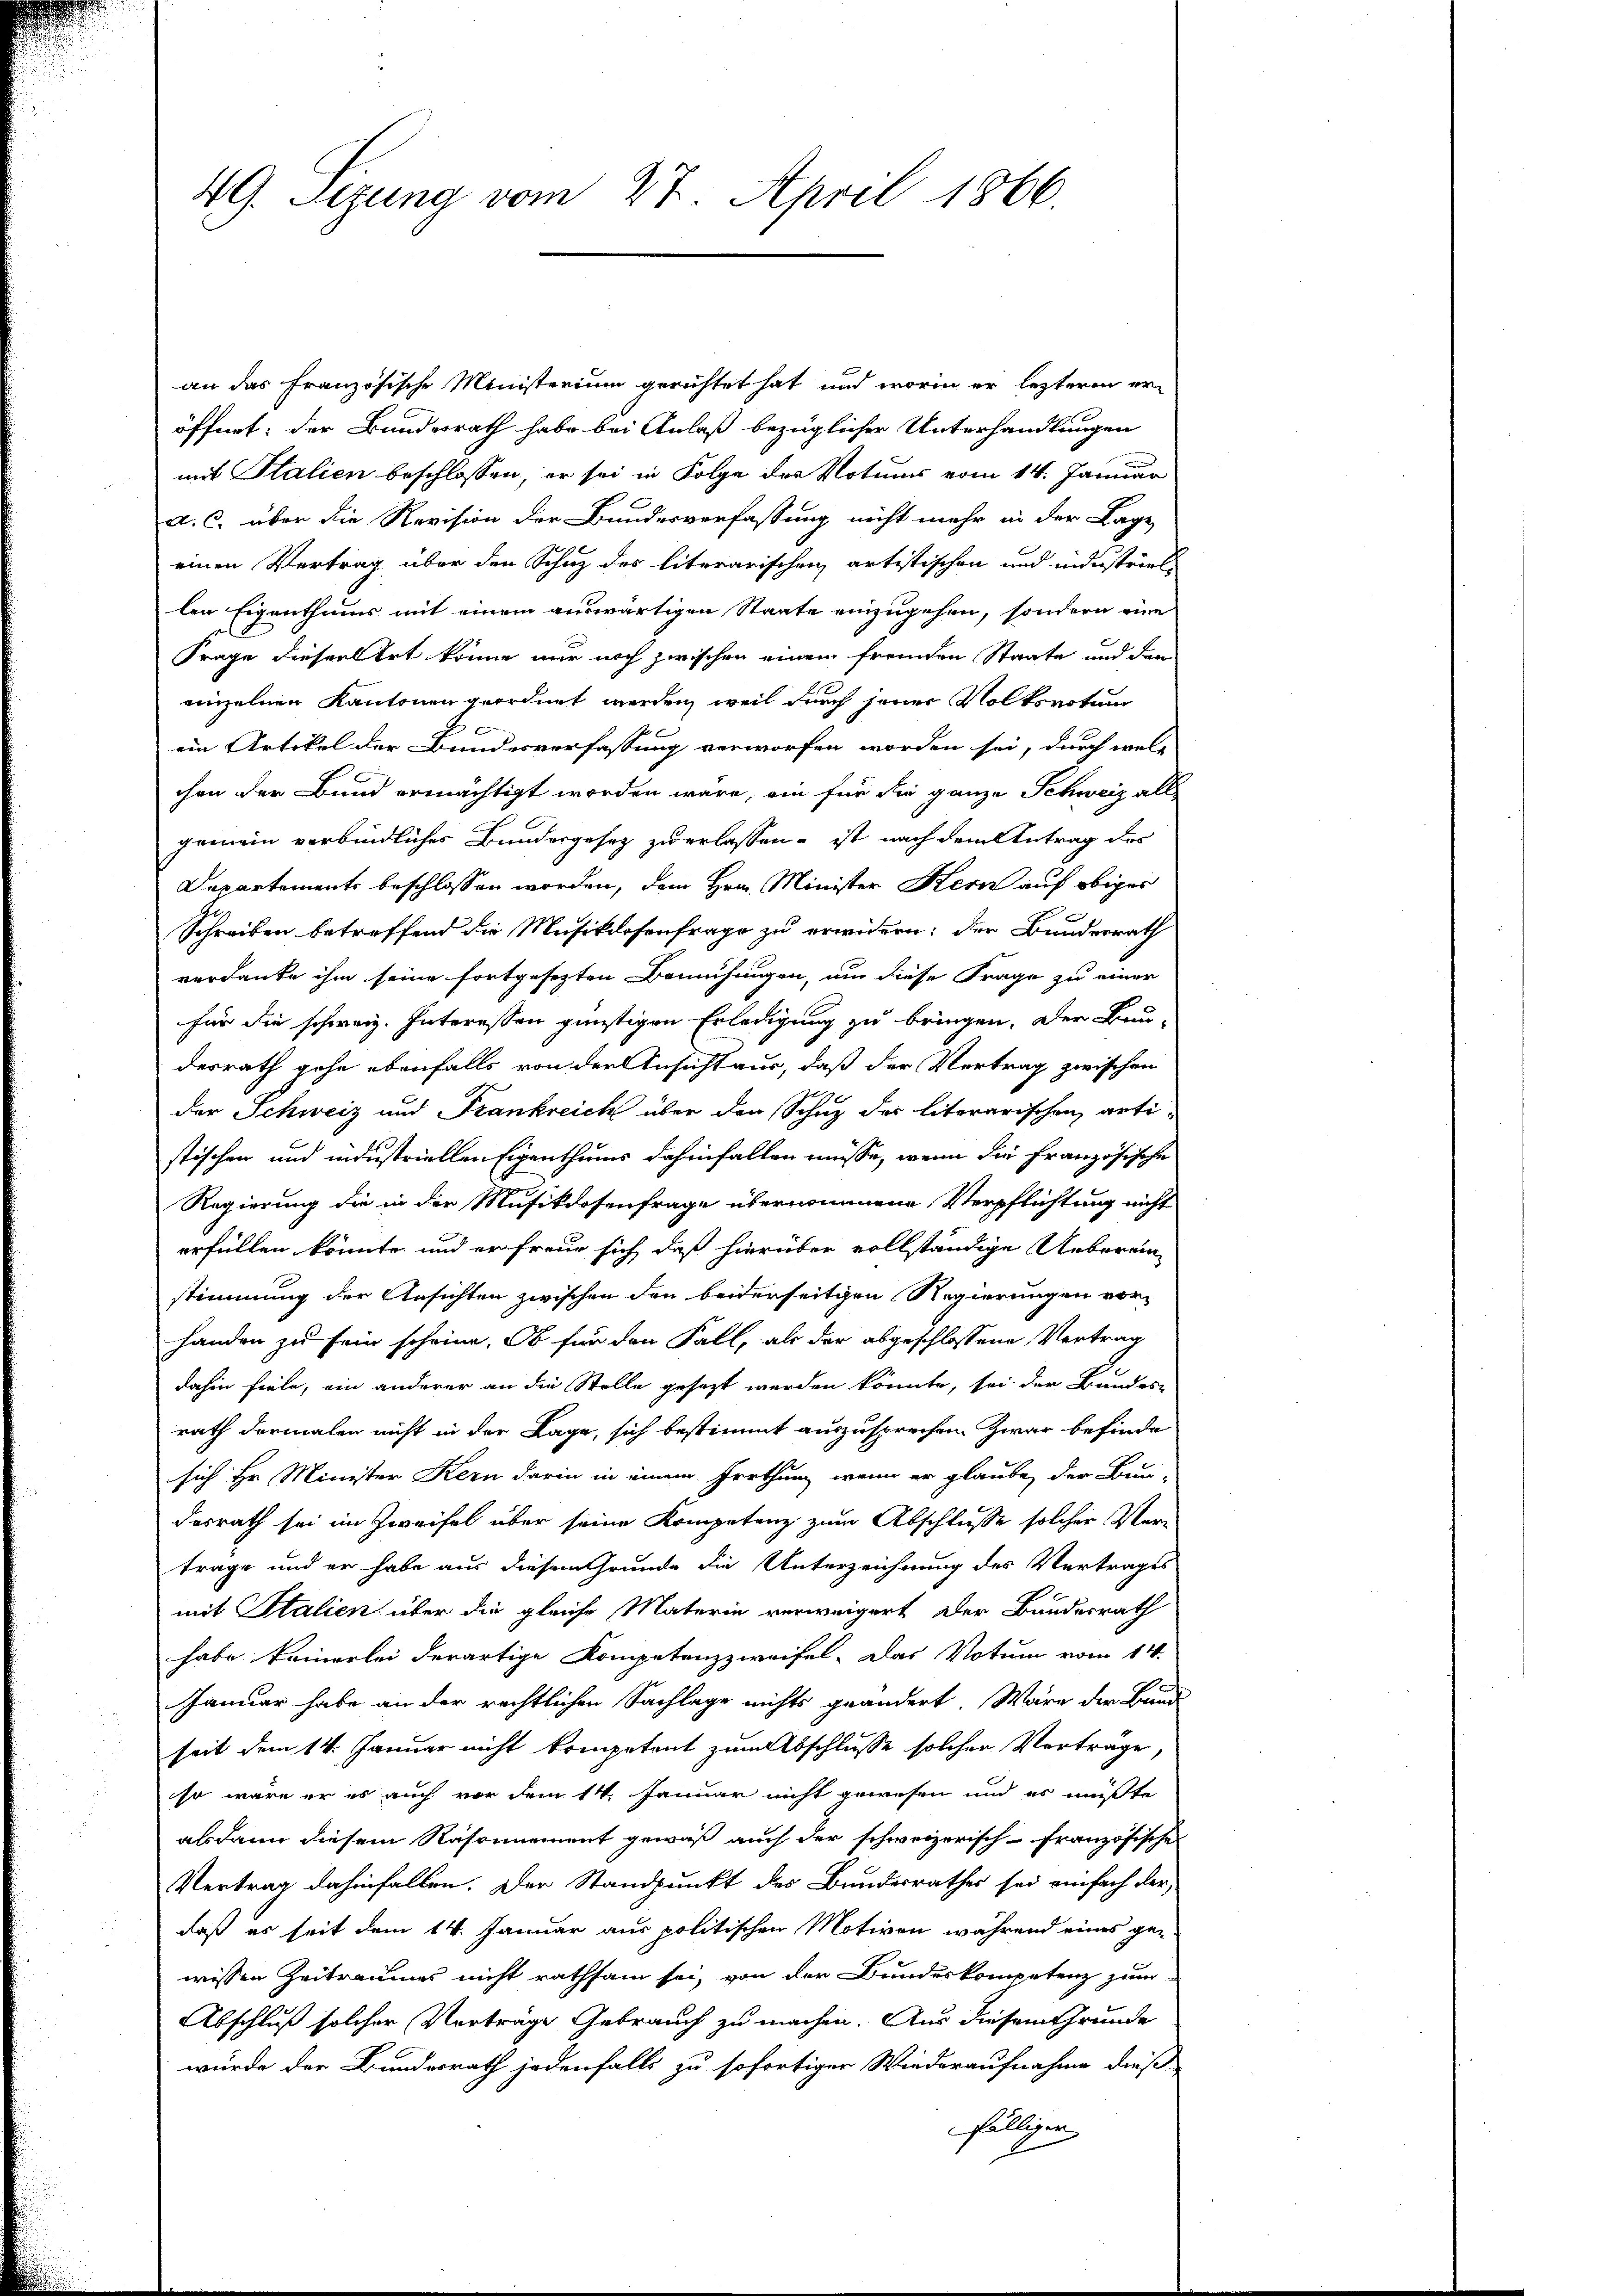
49. Sizung vom 27. April 1866.

an das französische Ministerium gerichtet hat, und worin er lezteren er-
öffnet; der Bundesrath habe bei Anlaß bezüglicher Unterhandlungen
mit Stalien beschlossen, er sei in Folge der Notums vom 14. Januar
a. c. über die Revision der Bundesverfassung nicht mehr in der Lage
einen Vertrag über den Schuz des literarischen artistischen und industriellen Eigenthums mit einem auswärtigen Staate einzugehen, sondern eine
Frage dieser Art könne nur noch zwischen einem fremden Staate und den
einzelnen Kantonen geordnet werden, weil durch jener Volksvotum
ein Artikel der Bundesverfassung verworfen worden sei, durch wele
chen der Bund ermächtigt worden wäre, ein für die ganze Schweiz all-
jemein verbindliches Bundesgesez zu erlassen, ist nach dem Antrag des
Departements beschlossen worden, dem Hrn. Minister Kern auf obiger
Schreiben betreffend die Musikdosenfrage zu erwidern: der Bundesrath
verdanke ihm seine fortgesezten Bemühungen, um diese Frage zu einer
für die schweiz. Interessen günstigen Erledigung zu bringen. Der Bun-
desrath gehe ebenfalls von der Ansicht aus, daß der Vertrag zwischen
der Schweiz und Frankreich über den Schuz des literarischen artistischen und industriellen Eigenthums dahinfallen müsse, wenn die französische
Regierung die in der Musikdosenfrage übernommene Verpflichtung nicht
erfüllen könnte, und er freue sich daß hierüber vollständige Ueberein-
stimmung der Ansichten zwischen den beiderseitigen Regierungen vor
handen zu sein scheine. Ob für den Fall, als der abgeschlossene Vertrag
dahin fiele, ein anderer an die Stelle gesezt werden könnte, sei der Bundes-
rath dermalen nicht in der Lage, sich bestimmt auszusprechen. Zwar befinde
sich Hr. Minister Kern darin in einem Irrthun, wenn er glaube, der Bun-
desrath sei im Zweifel über seine Kompetenz zum Abschlusse solcher Vertrage und er habe aus diesem Grunde die Unterzeichnung des Vertrages
mit Stalien über die gleiche Materie verweigert der Bundesrath
habe keinerlei derartige Kompetenz zweifel. Das Votum vom 14.
Januar habe an der rechtlichen Sachlage nichts geändert Wäre der Bund
seit dem 14. Januar nicht kompetent zum Abschlusse solcher Vorträge
so wäre er es auch vor dem 14. Januar nicht gewesen und es müßte
abdann diesem Räsonnement gewiß auch der schweizerisch-Französisches
Vertrag dahinfallen. Der Standpunkt des Bundesrathes sei einfach der-
daß es seit dem 14. Januar aus politischen Motiven während eines ge-
wissen Zeitraumes nicht rathsam sei, von der Bundeskompetenz zum
Abschluß solcher Vorträge Gebrauch zu machen. Aus diesem Grunde
würde der Bundesrath jedenfalls zu sofortiger Wiederaufnahme dieß
fälligen